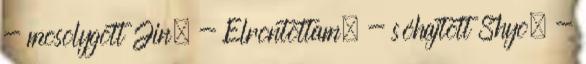
- mosolygott Jin. - Elrontottam. - sóhajtott Shyo. -